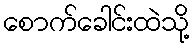
စောက်ခေါင်းထဲသို့